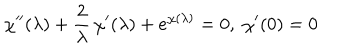
\chi ^ { \prime \prime } ( \lambda ) + { \frac { 2 } { \lambda } } \, \chi ^ { \prime } ( \lambda ) + e ^ { \chi ( \lambda ) } = 0 , \; \chi ^ { \prime } ( 0 ) = 0